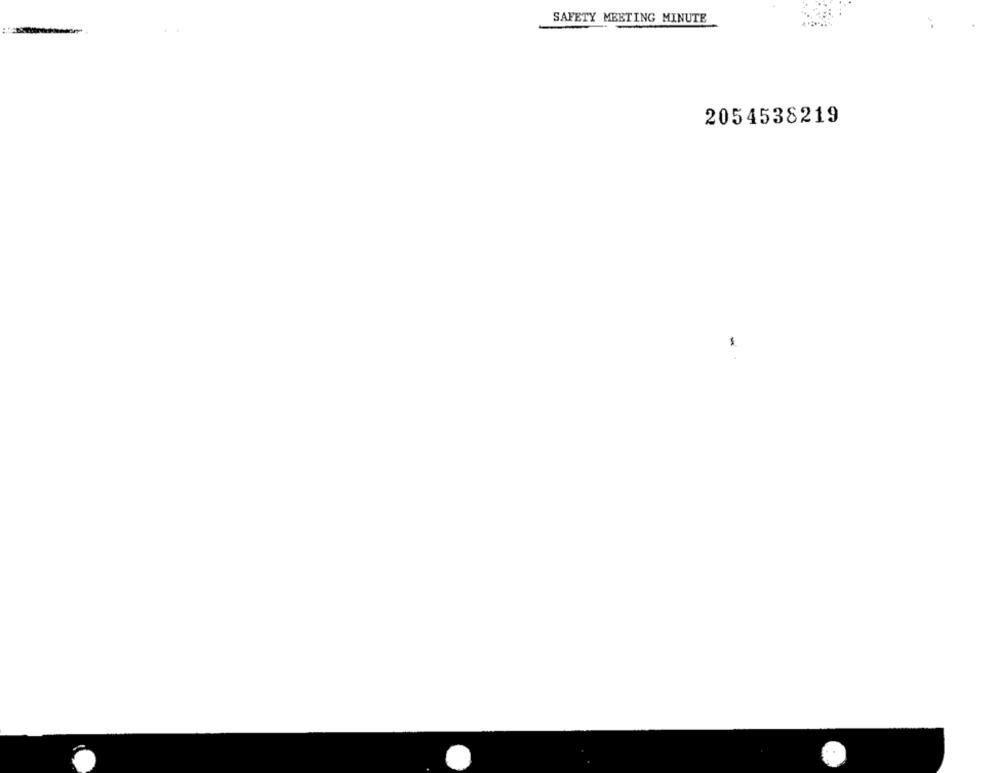
SAFETY MEETING MINUTE
2054538219
..